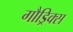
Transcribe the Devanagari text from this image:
गौड्रिक्स